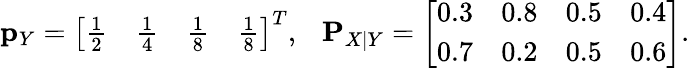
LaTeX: \mathbf{p}_{Y}=\left[\begin{array}{llll}{\frac{1}{2}}&{\frac{1}{4}}&{\frac{1}{8}}&{\frac{1}{8}}\end{array}\right]^{T},\ \ \ \mathbf{P}_{X|Y}=\left[\begin{array}{llll}{0.3}&{0.8}&{0.5}&{0.4}\\ {0.7}&{0.2}&{0.5}&{0.6}\end{array}\right].